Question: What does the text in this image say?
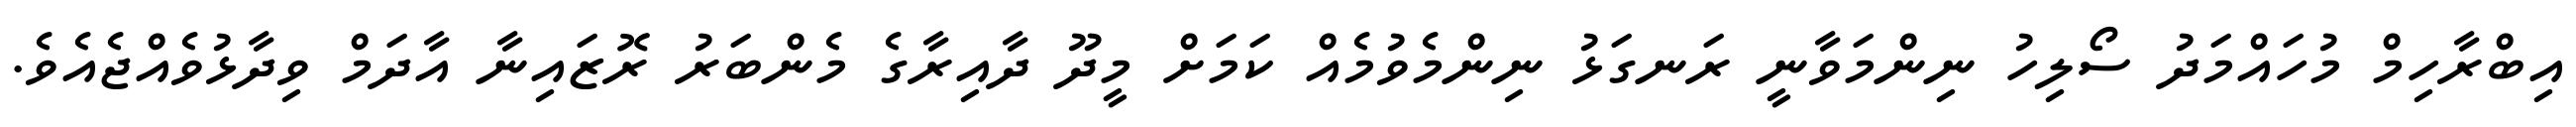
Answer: އިބްރާހިމް މުހައްމަދު ސޯލިހު ނިންމަވާނީ ރަނގަޅު ނިންމެވުމެއް ކަމަށް މީދޫ ދާއިރާގެ މެންބަރު ރޮޒައިނާ އާދަމް ވިދާޅުވެއްޖެއެވެ.